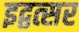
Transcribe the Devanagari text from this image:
इद्वत्सर